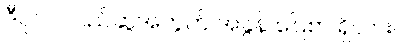
ဒီပုလဲ လည်ဆွဲအတွက် အခွန် ပြေစာ ရှိလား။